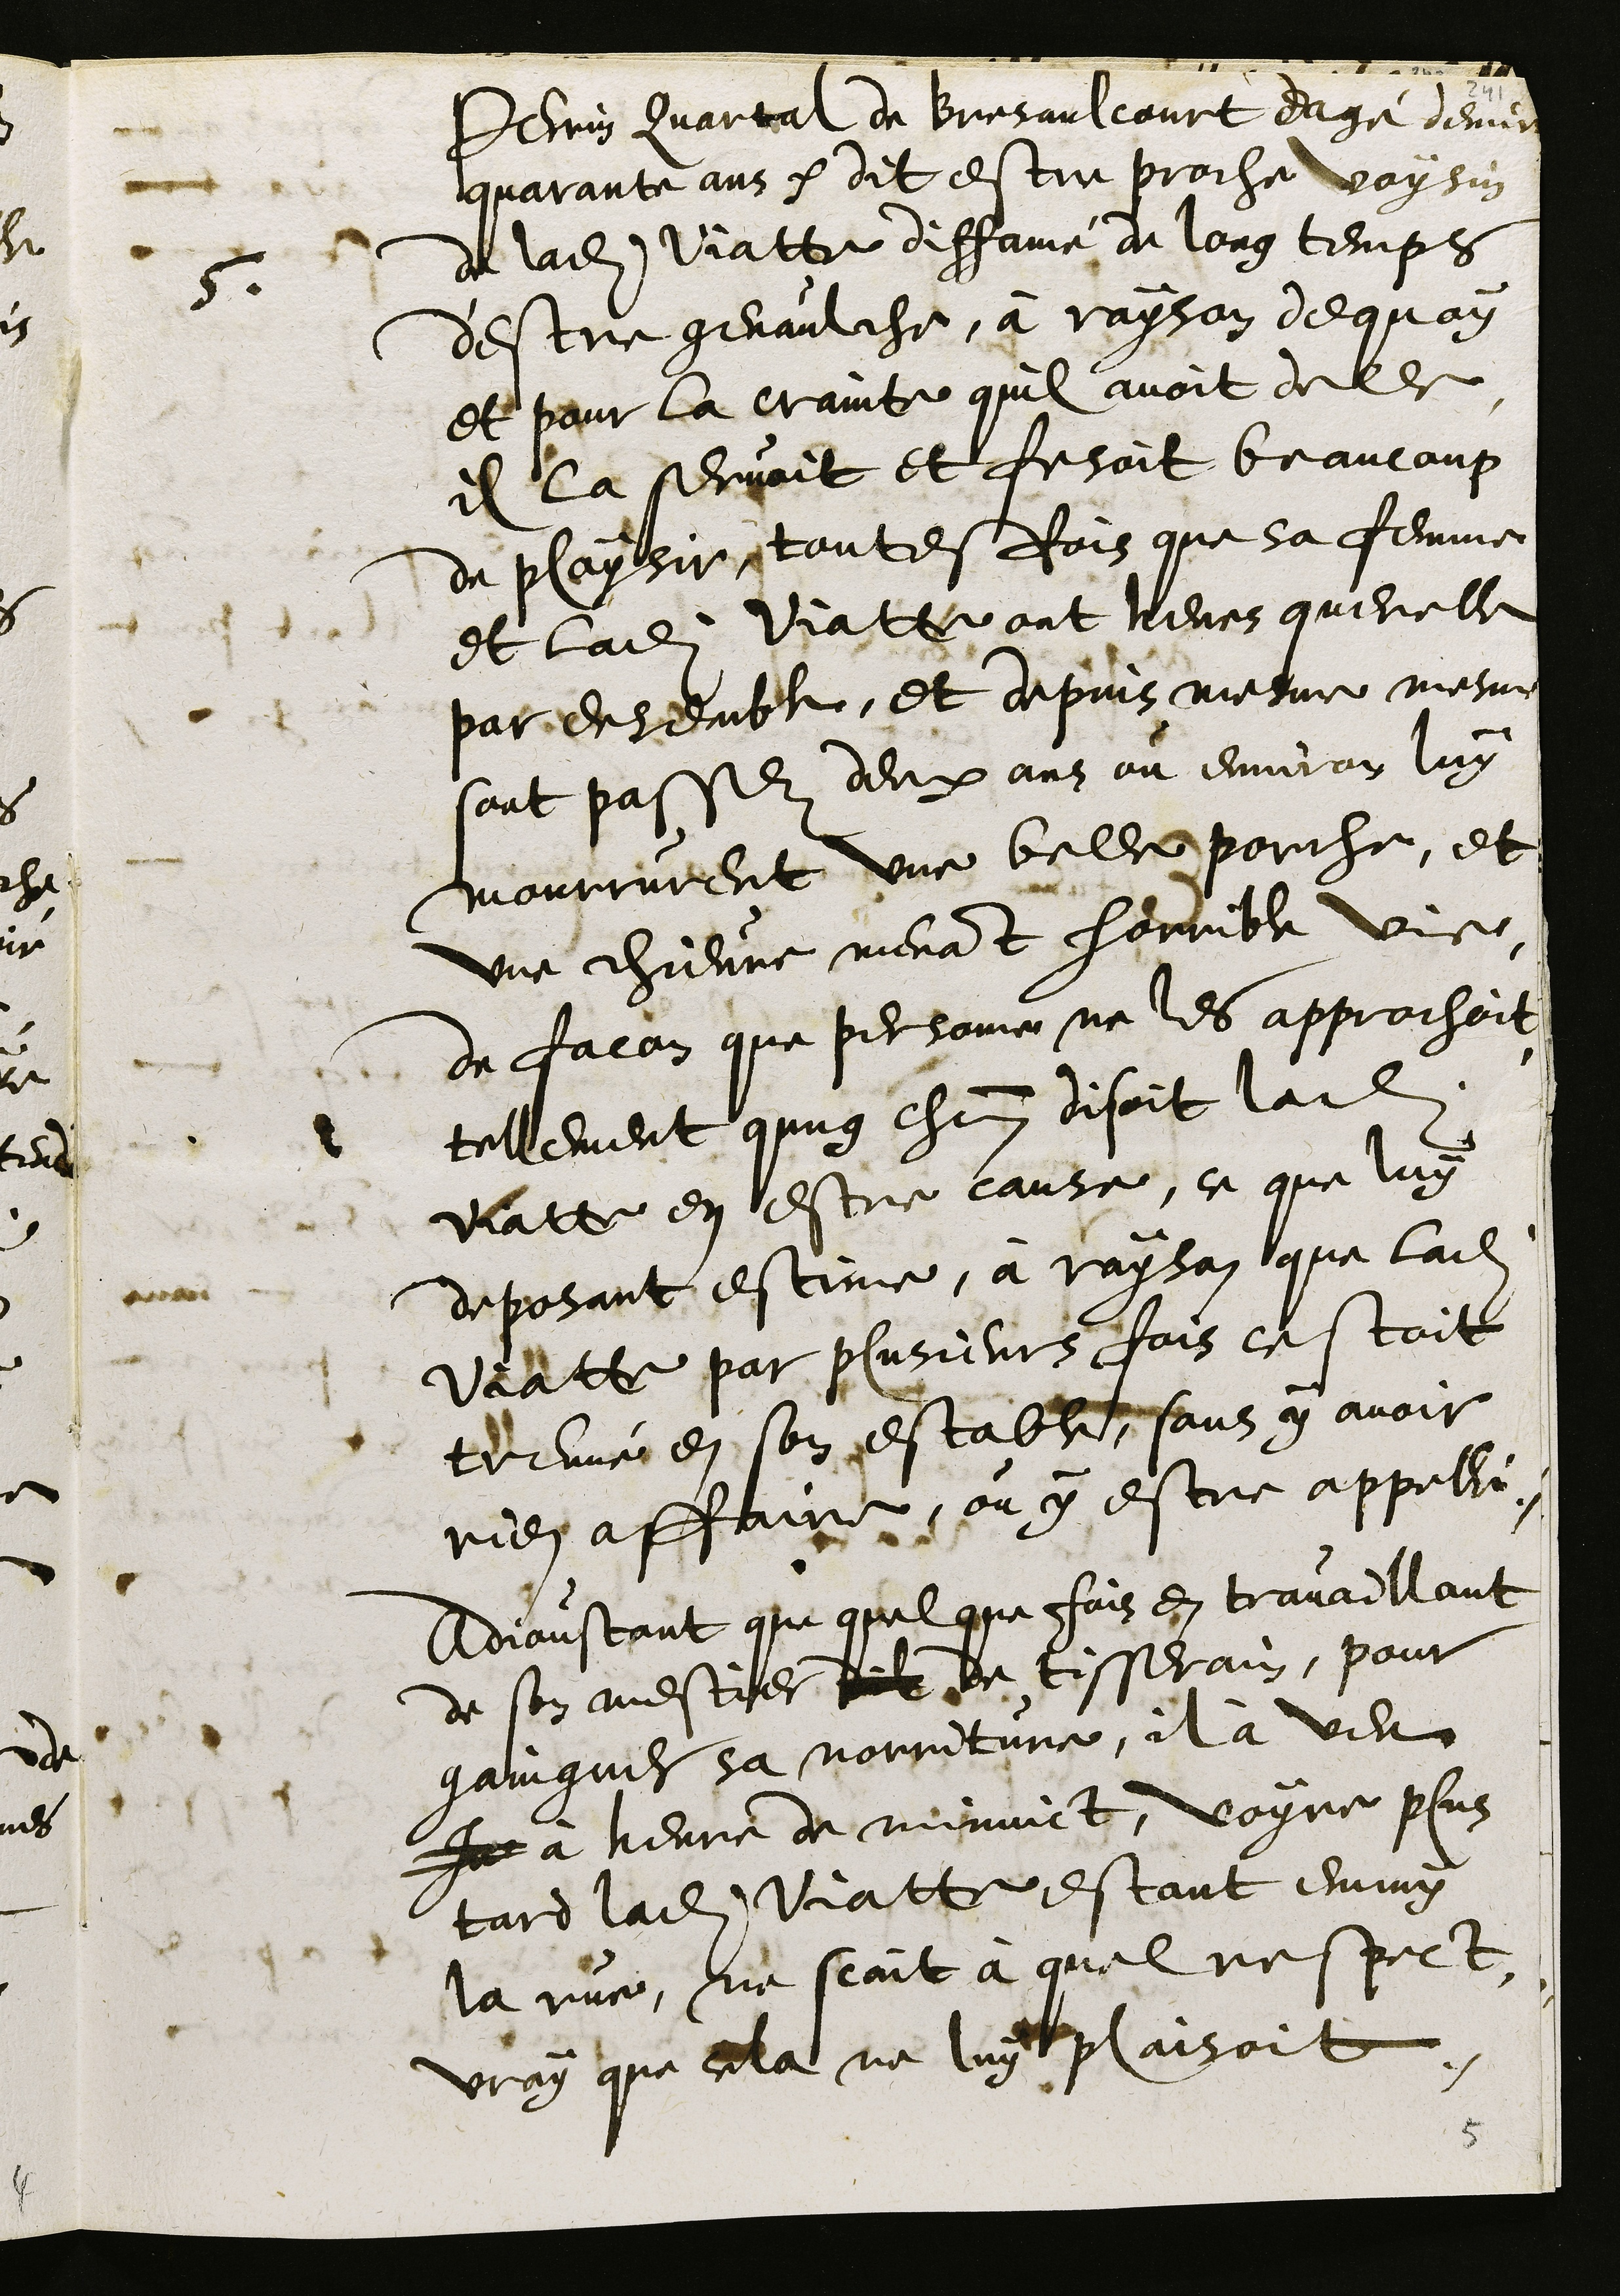
5
Perrin Quartal de Bresaulcourt eagé denviron
quarante ans dit estre proche voysin
de ladite Viatte diffamé de long temps
d'estre genaulche, à rayson dequoy
et pour la crainte quil avoit delle
il la servoit et fesoit beaucoup
de playsir, toutesfois que sa femme
et ladite Viatte ont heues querelle
par ensemble, et depuis mesme mesme
sont passez deux ans ou environ luy
mourrurent une belle porche, et
une chievre menant horrible vie,
de facon que personne ne les approchoit,
tellement qung chacun disoit ladite
Viatte en estre cause, ce que luy
deposant estime, à rayson que ladite
Viatte par plusieurs fois cestoit
treuvé en son estable, sans y avoir
rien affaire, ou y estre appellé.
Adjoustant que quelque fois en travaillant
de son mestier dil de tisserain, pour
gaingner sa norriture, il à veu
Je à heure de minuict, voyre plus
tard ladite Viatte estant emmy
la rue, ne scait à quel respect,
vray que cela ne luy plaisoit.
5